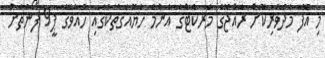
މި އޮފާ މެދުވެރިކޮށް ރާއްޖޭގެ މަރކެޓްގެ އެންމެ ހެޔޮއަގުތަކުގައި ހުއާވޭގެ ޕީ9 ފޯނުތަށް